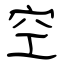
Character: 空